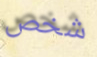
شخص